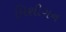
મિશીગન